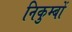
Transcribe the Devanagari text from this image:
निकुम्बों